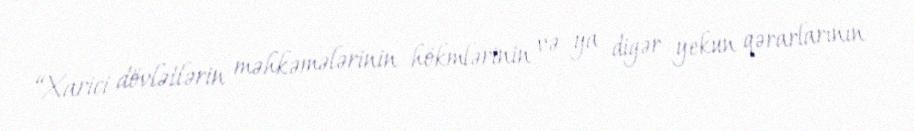
“Xarici dövlətlərin məhkəmələrinin hökmlərinin və ya digər yekun qərarlarının